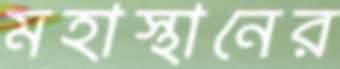
মহাস্থানের